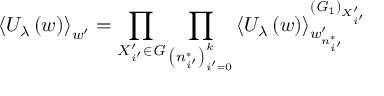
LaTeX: \left\langle U _ { \lambda } \left( w \right) \right\rangle _ { w ^ { \prime } } = \prod _ { X _ { i ^ { \prime } } ^ { \prime } \in { \it G } } \prod _ { \left( n _ { i ^ { \prime } } ^ { * } \right) _ { i ^ { \prime } = 0 } ^ { k } } \left\langle U _ { \lambda } \left( w \right) \right\rangle _ { w _ { n _ { i ^ { \prime } } ^ { * } } ^ { \prime } } ^ { \left( { \it G } _ { 1 } \right) _ { X _ { i ^ { \prime } } ^ { \prime } } }